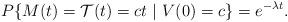
LaTeX: \begin{align*}P\{M(t) = \mathcal{T}(t)=ct\ |\ V(0)=c\}= e^{-\lambda t}.\end{align*}